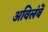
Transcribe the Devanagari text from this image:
अविलंबें